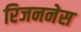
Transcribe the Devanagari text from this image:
रिजननेस